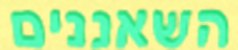
השאננים